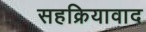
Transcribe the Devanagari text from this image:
सहक्रियावाद